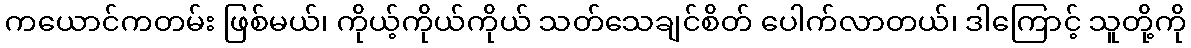
ကယောင်ကတမ်း ဖြစ်မယ်၊ ကိုယ့်ကိုယ်ကိုယ် သတ်သေချင်စိတ် ပေါက်လာတယ်၊ ဒါကြောင့် သူတို့ကို